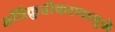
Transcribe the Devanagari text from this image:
अधिक्रुतीकरणामुळे